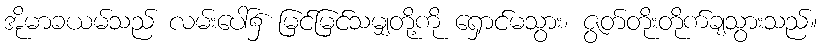
အိုမာခယမ်သည် လမ်းပေါ်၌ မြင်မြင်သမျှတို့ကို ရှောင်မသွား၊ ဇွတ်တိုးတိုက်ချသွားသည်။